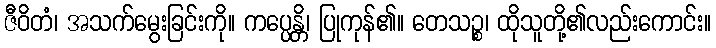
ဇီဝိတံ၊ အသက်မွေးခြင်းကို။ ကပ္ပေန္တိ၊ ပြုကုန်၏။ တေသဉ္စ၊ ထိုသူတို့၏လည်းကောင်း။